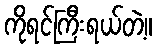
ကိုရင်ကြီးရယ်တဲ့။